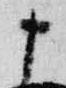
十